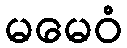
မမေဝံ